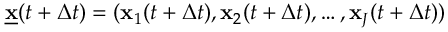
\underline { { \mathbf { x } } } ( t + \Delta t ) = ( \mathbf { x } _ { 1 } ( t + \Delta t ) , \mathbf { x } _ { 2 } ( t + \Delta t ) , \dots , \mathbf { x } _ { J } ( t + \Delta t ) )